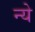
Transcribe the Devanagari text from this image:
न्‍ये